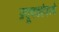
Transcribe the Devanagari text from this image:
प्रदूषकांमध्ये